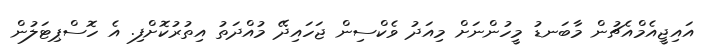
އައިޖީއެމްއެޗުން މާބަނޑު މީހުންނަށް މިއަދު ވެކްސިން ޖަހައިދޭ މުއްދަތު އިތުރުކޮށްފި. އެ ހޮސްޕިޓަލުން